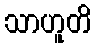
သာဟူတိ